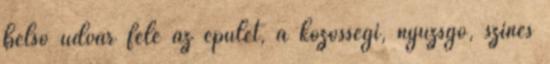
belső udvar felé az épület, a közösségi, nyüzsgő, színes